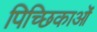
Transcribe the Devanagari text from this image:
पिच्छिकाओं